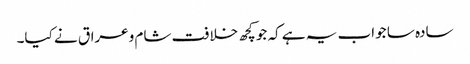
سادہ سا جواب یہ ہے کہ جو کچھ خلافت شام وعراق نے کیا۔